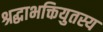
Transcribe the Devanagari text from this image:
श्रद्धाभक्तियुतस्य